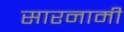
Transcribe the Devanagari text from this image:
सारनामी